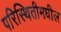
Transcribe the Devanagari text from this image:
परिस्थितीमधील